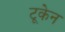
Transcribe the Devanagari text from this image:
टूकेन